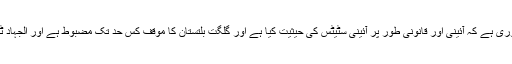
اس صورتحال میں یہ جاننا ضروری ہے کہ آئینی اور قانونی طور پر آئینی سٹیٹس کی حیثیت کیا ہے اور گلگت بلتستان کا موقف کس حد تک مضبوط ہے اور الجہاد ٹرسٹ کیس کا فیصلہ آخر کیا تھا۔